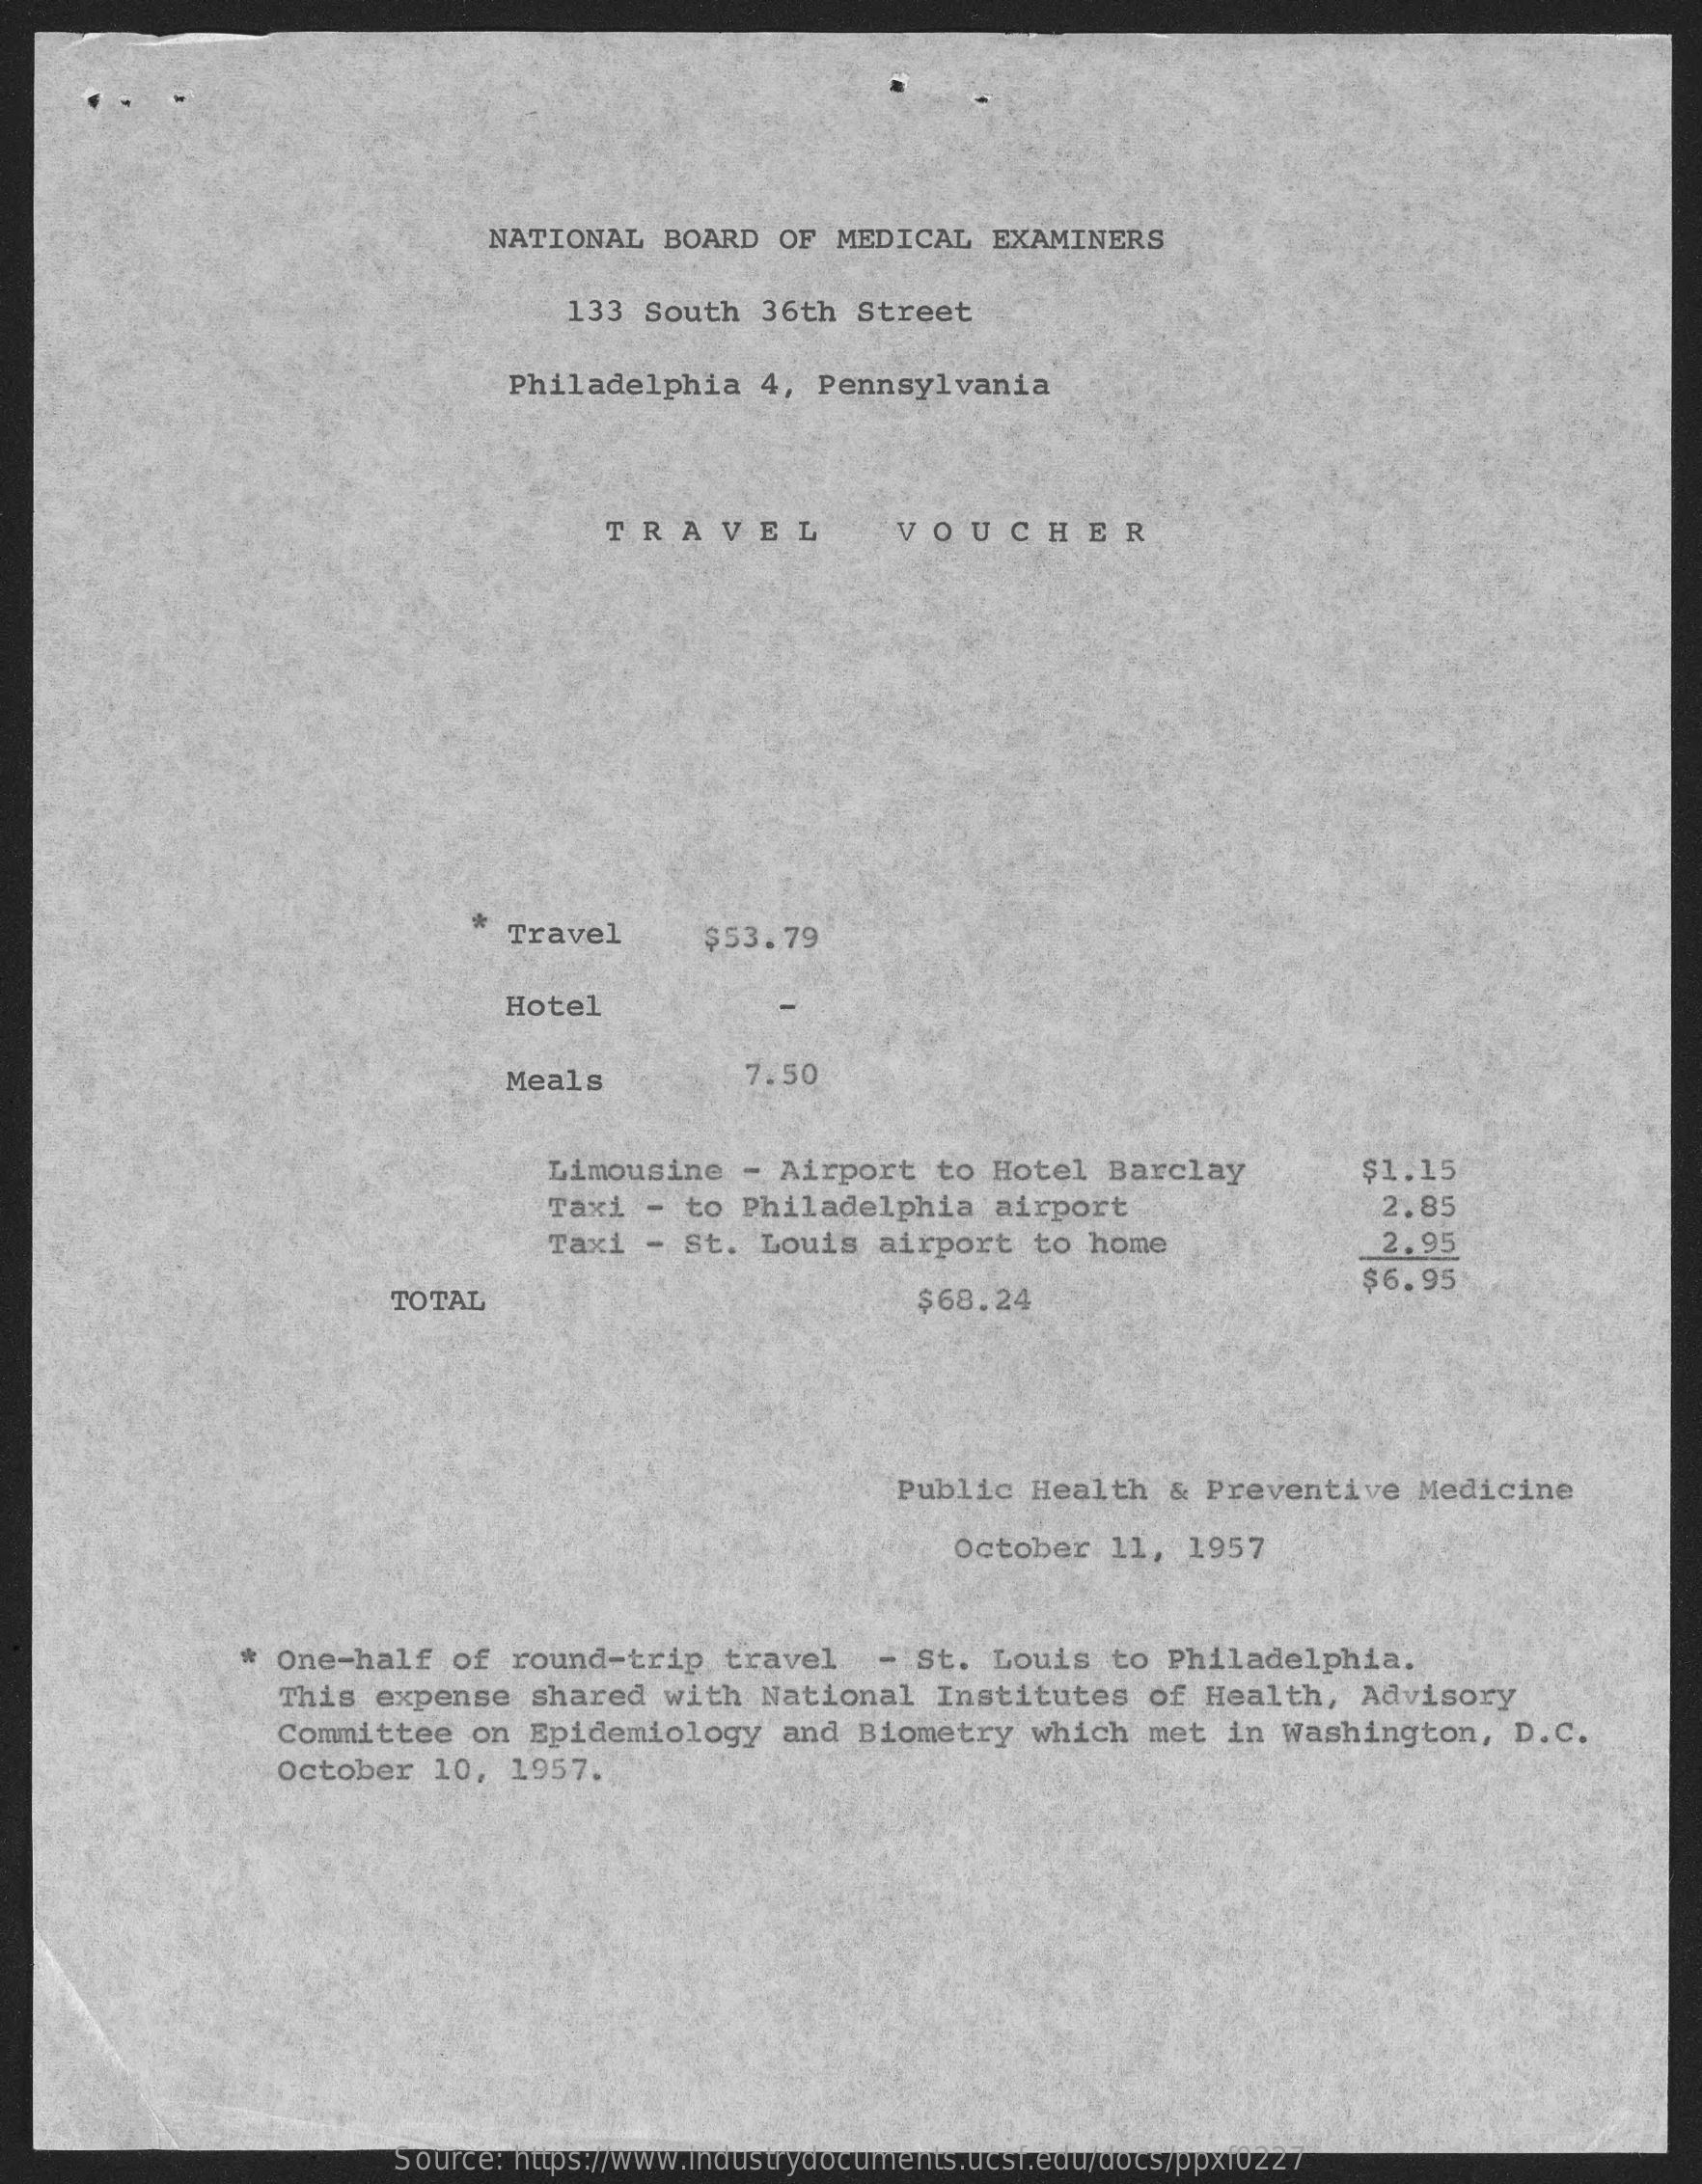
NATIONAL   BOARD  OF  MEDICAL   EXAMINERS
     133  South  36th  Street
     Philadelphia    4,  Pennsylvania
     TRAVEL    VOUCHER
     Travel    $53.79
     Hotel
     Meals    7.50
     Limousine   - Airport    to Hotel   Barclay    $1.15
     Taxi  - to  Philadelphia    airport    2.85
     Taxi  - St.  Louis   airport   to home    2.95
     TOTAL    $68.24
     $6.95
     Public   Health   & Preventive    Medicine
     October   11,  1957
     * One-half   of  round-trip    travel    - St.  Louis   to  Philadelphia.
     This  expense   shared   with  National    Institutes   of  Health,   Advisory
     Committee    on Epidemiology    and  Biometry   which  met  in  Washington,    D.C.
     October   10,  1957.
     Source: https://www.industrydocuments.ucsf.edu/docs/ppxf0227